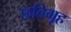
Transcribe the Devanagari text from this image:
छविगृह